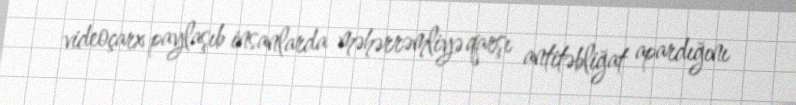
videoçarx paylaşıb insanlarda məhərrəmliyə qarşı antitəbliğat apardığını